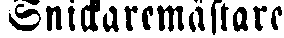
Snickaremästare.